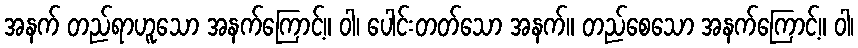
အနက် တည်ရာဟူသော အနက်ကြောင့်။ ဝါ၊ ပေါင်းတတ်သော အနက်။ တည်စေသော အနက်ကြောင့်။ ဝါ၊